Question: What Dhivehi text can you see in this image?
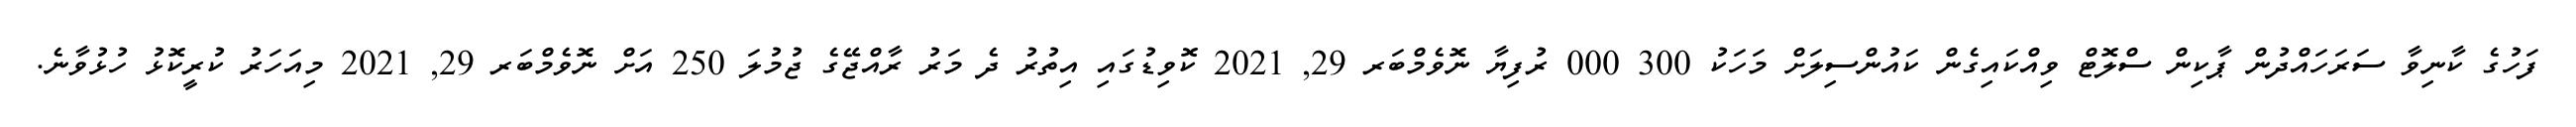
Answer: ފަހުގެ ކާނިވާ ސަރަހައްދުން ޕާކިން ސްލޮޓް ވިއްކައިގެން ކައުންސިލަށް މަހަކު 300 000 ރުފިޔާ ނޮވެމްބަރ 29, 2021 ކޮވިޑުގައި އިތުރު ދެ މަރު ރާއްޖޭގެ ޖުމުލަ 250 އަށް ނޮވެމްބަރ 29, 2021 މިއަހަރު ކުރީކޮޅު ހުޅުވާނެ.